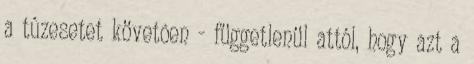
a tûzesetet követõen - függetlenül attól, hogy azt a